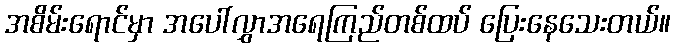
အစိမ်းရောင်မှာ အပေါ်လွှာအရေကြည်တစ်ထပ် ပြေးနေသေးတယ်။